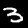
Label: 3